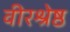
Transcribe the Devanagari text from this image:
वीरश्रेष्ठ